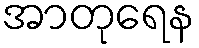
အာတုရေန